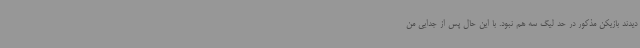
دیدند بازیکن مذکور در حد لیگ سه هم نبود. با این حال پس از جدایی من